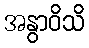
အနွာဝိသိ